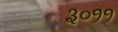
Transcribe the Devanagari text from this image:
३०११